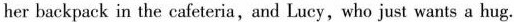
her backpack in the cafeteria,and Lucy, who just wants a hug.